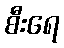
စီးရေ